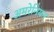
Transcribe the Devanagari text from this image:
अमरेनियन